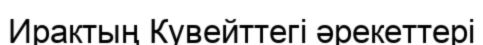
Ирактың Кувейттегі әрекеттері